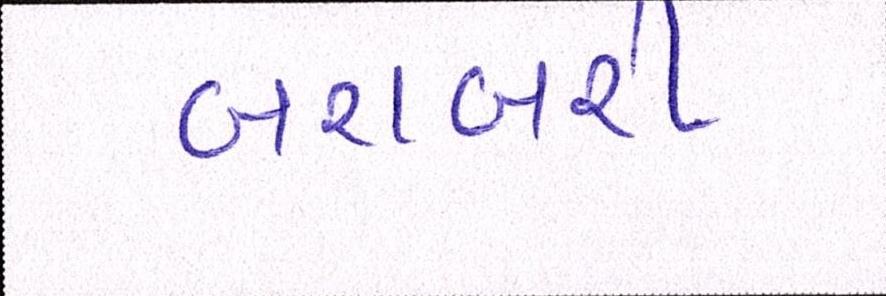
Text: બરાબરી